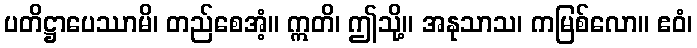
ပတိဋ္ဌာပေဿာမိ၊ တည်စေအံ့။ ဣတိ၊ ဤသို့။ အနုသာသ၊ ကမြစ်လော။ ဧဝံ၊